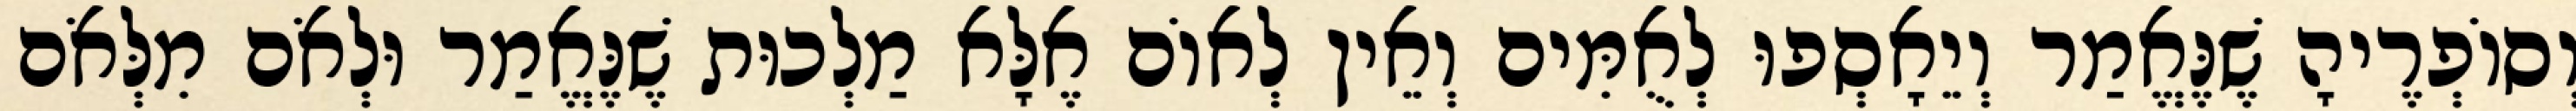
וְסוֹפְרֶיהָ שֶׁנֶּאֱמַר וְיֵאָסְפוּ לְאֻמִּים וְאֵין לְאוֹם אֶלָּא מַלְכוּת שֶׁנֶּאֱמַר וּלְאֹם מִלְּאֹם